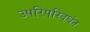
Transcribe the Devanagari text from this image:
उपरिपरिवर्धन